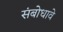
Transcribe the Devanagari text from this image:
संबोधावे